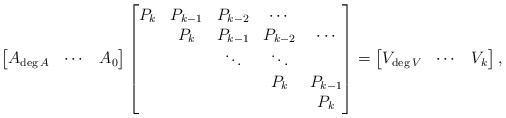
LaTeX: \begin{align*} \begin{bmatrix} A_{\deg A} & \cdots & A_0 \end{bmatrix} \begin{bmatrix} P_k & P_{k-1} & P_{k-2} & \cdots & \\ & P_k & P_{k-1} & P_{k-2} & \cdots \\ & & \ddots & \ddots & \\& & & P_k & P_{k-1}\\& & & & P_k\end{bmatrix} = \begin{bmatrix} V_{\deg V} & \cdots & V_k \end{bmatrix},\end{align*}